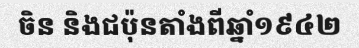
ចិន និងជប៉ុនតាំងពីឆ្នាំ១៩៤២